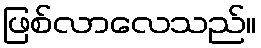
ဖြစ်လာလေသည်။